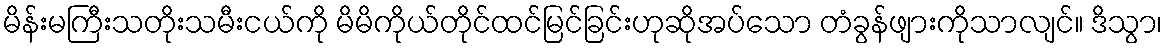
မိန်းမကြီးသတိုးသမီးငယ်ကို မိမိကိုယ်တိုင်ထင်မြင်ခြင်းဟုဆိုအပ်သော တံခွန်ဖျားကိုသာလျင်။ ဒိသွာ၊